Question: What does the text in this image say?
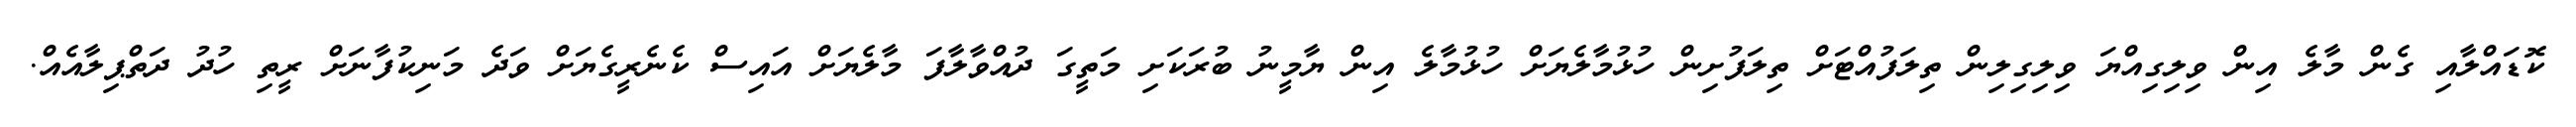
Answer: ކޮޑައްލާއި ގެން މާލެ އިން ވިލިގިއްޔަ ވިލިގިލިން ތިލަފުއްޓަށް ތިލަފުށިން ހުޅުމާލެޔަށް ހުޅުމާލެ އިން ޔާމީނު ބުރަކަށި މަތީގަ ދުއްވާލާފަ މާލެޔަށް އައިސް ކެނެރީގެޔަށް ވަދެ މަނިކުފާނަށް ރީތި ހުދު ދަތްޕިލާއެއް.